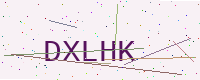
Text: DXLHK